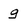
Character: g